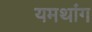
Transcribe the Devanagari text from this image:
यमथांग